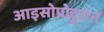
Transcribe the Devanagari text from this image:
आइसोप्रोटुरान